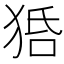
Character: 𤞳